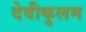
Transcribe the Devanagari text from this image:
देवीकुलम